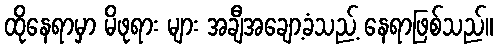
ထိုနေရာမှာ မိဖုရား များ အချီအချော့ခံသည့် နေရာဖြစ်သည်။